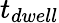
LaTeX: t_{dwell}